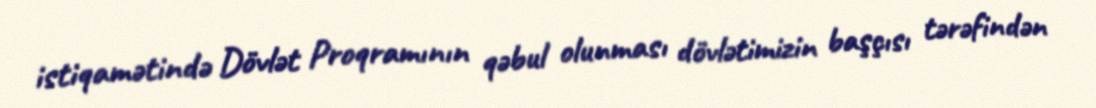
istiqamətində Dövlət Proqramının qəbul olunması dövlətimizin başçısı tərəfindən